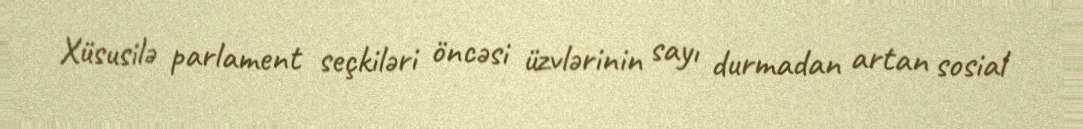
Xüsusilə parlament seçkiləri öncəsi üzvlərinin sayı durmadan artan sosial